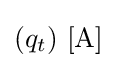
(q_{t})\ \mathrm {[A]}